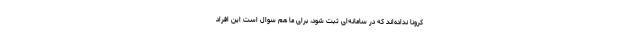
کرونا نداده‌اند که در سامانه‌ای ثبت شود، برای ما هم سوال است این افراد